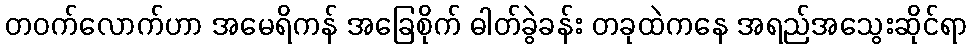
တဝက်လောက်ဟာ အမေရိကန် အခြေစိုက် ဓါတ်ခွဲခန်း တခုထဲကနေ အရည်အသွေးဆိုင်ရာ